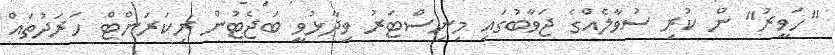
"ހަވީރު" ން ކުރި ސުވާލެއްގެ ޖަވާބުގައި މިނިސްޓަރު ވިދާޅުވީ ބަޖެޓުން ރިކަރަންޓް ހަރަދުތައް